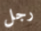
رجل